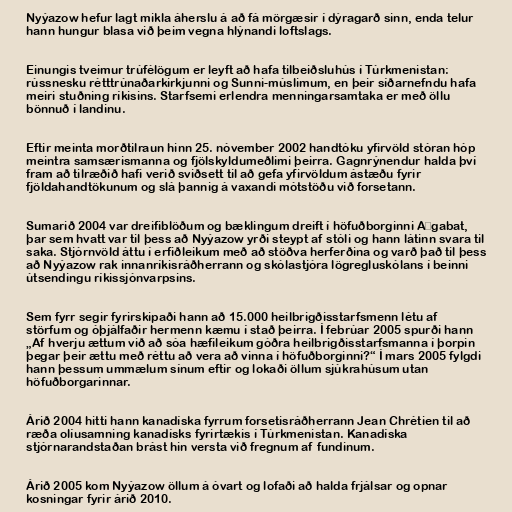
Nyýazow hefur lagt mikla áherslu á að fá mörgæsir í dýragarð sinn, enda telur
hann hungur blasa við þeim vegna hlýnandi loftslags.

Einungis tveimur trúfélögum er leyft að hafa tilbeiðsluhús í Túrkmenistan:
rússnesku rétttrúnaðarkirkjunni og Sunni-múslimum, en þeir síðarnefndu hafa
meiri stuðning ríkisins. Starfsemi erlendra menningarsamtaka er með öllu
bönnuð í landinu.

Eftir meinta morðtilraun hinn 25. nóvember 2002 handtóku yfirvöld stóran hóp
meintra samsærismanna og fjölskyldumeðlimi þeirra. Gagnrýnendur halda því
fram að tilræðið hafi verið sviðsett til að gefa yfirvöldum ástæðu fyrir
fjöldahandtökunum og slá þannig á vaxandi mótstöðu við forsetann.

Sumarið 2004 var dreifiblöðum og bæklingum dreift í höfuðborginni Aşgabat,
þar sem hvatt var til þess að Nyýazow yrði steypt af stóli og hann látinn svara til
saka. Stjórnvöld áttu í erfiðleikum með að stöðva herferðina og varð það til þess
að Nyýazow rak innanríkisráðherrann og skólastjóra lögregluskólans í beinni
útsendingu ríkissjónvarpsins.

Sem fyrr segir fyrirskipaði hann að 15.000 heilbrigðisstarfsmenn létu af
störfum og óþjálfaðir hermenn kæmu í stað þeirra. Í febrúar 2005 spurði hann
„Af hverju ættum við að sóa hæfileikum góðra heilbrigðisstarfsmanna í þorpin
þegar þeir ættu með réttu að vera að vinna í höfuðborginni?“ Í mars 2005 fylgdi
hann þessum ummælum sínum eftir og lokaði öllum sjúkrahúsum utan
höfuðborgarinnar.

Árið 2004 hitti hann kanadíska fyrrum forsetisráðherrann Jean Chrétien til að
ræða olíusamning kanadísks fyrirtækis í Túrkmenistan. Kanadíska
stjórnarandstaðan brást hin versta við fregnum af fundinum.

Árið 2005 kom Nyýazow öllum á óvart og lofaði að halda frjálsar og opnar
kosningar fyrir árið 2010.